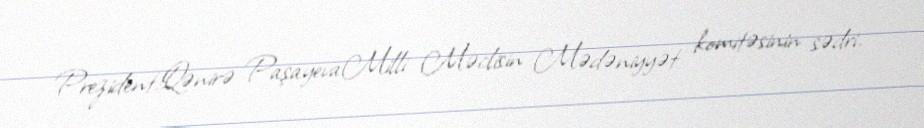
Prezident!Qənirə PaşayevaMilli Məclisin Mədəniyyət komitəsinin sədri.